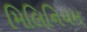
મિલિનિયમ